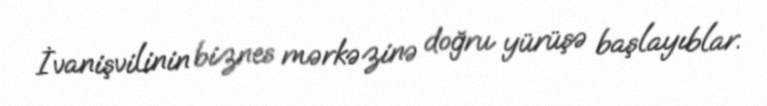
İvanişvilinin biznes mərkəzinə doğru yürüşə başlayıblar.